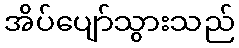
အိပ်ပျော်သွားသည်